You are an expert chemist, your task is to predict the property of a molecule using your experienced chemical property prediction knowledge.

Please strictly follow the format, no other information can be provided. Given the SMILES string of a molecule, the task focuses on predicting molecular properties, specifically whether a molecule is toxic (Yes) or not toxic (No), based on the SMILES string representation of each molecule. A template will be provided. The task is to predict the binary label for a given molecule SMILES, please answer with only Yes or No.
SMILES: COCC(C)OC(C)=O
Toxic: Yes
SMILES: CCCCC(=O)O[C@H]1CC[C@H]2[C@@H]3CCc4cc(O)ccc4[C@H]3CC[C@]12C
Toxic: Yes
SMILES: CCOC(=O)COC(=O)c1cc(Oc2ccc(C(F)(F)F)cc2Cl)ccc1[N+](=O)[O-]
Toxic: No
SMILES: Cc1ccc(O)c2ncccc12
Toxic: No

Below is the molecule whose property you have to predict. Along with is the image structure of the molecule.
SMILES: O=C1C=CC(=O)O1
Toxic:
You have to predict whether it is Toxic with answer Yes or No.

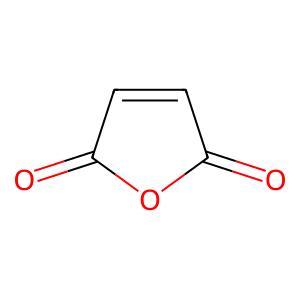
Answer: No